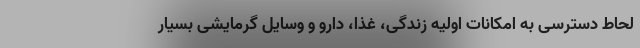
لحاط دسترسی به امکانات اولیه زندگی، غذا، دارو و وسایل گرمایشی بسیار